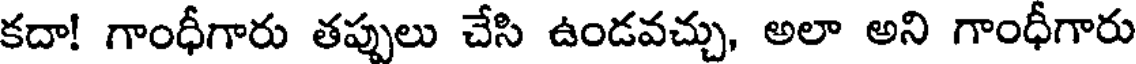
కదా! గాంధీగారు తప్పులు చేసి ఉండవచ్చు, అలా అని గాంధీగారు